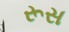
રૂસ